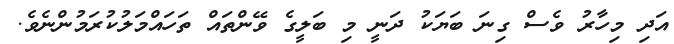
އަދި މިހާރު ވެސް ގިނަ ބަޔަކު ދަނީ މި ބަލީގެ ވޭންތައް ތަހައްމަލުކުރަމުންނެވެ.